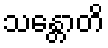
သန္တောတိ